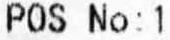
POS NO: 1